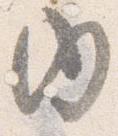
内